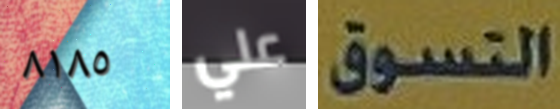
٨١٨٥ علي التسوق